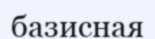
базисная